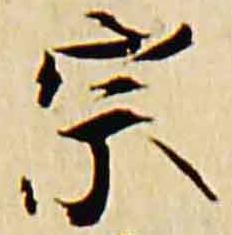
宗